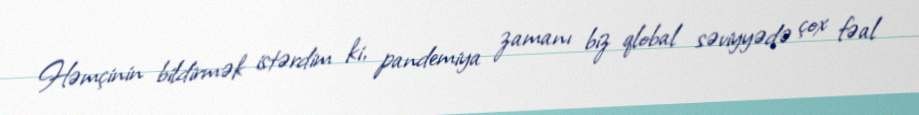
Həmçinin bildirmək istərdim ki, pandemiya zamanı biz qlobal səviyyədə çox fəal